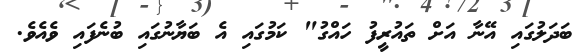
ބަދަލުގައި އޭނާ އަށް ތައުރީފު ހައްގު" ކަމުގައި އެ ބަޔާނުގައި ބުނެފައި ވެއެވެ.